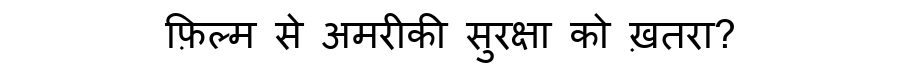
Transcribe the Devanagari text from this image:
फ़िल्म से अमरीकी सुरक्षा को ख़तरा?